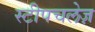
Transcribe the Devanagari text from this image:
स्टीपचलेज़